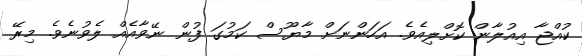
ކުއްޖާ އިއުލާން ކޮށްލިއެވެ. އަހަންނަށް މާޔޫސް ކަމުގަ ފުން ނޭވާއެއް ލެވުނެވެ. މިރޭ